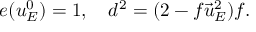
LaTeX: e ( u _ { E } ^ { 0 } ) = 1 , \quad d ^ { 2 } = ( 2 - f \vec { u } _ { E } ^ { 2 } ) f .